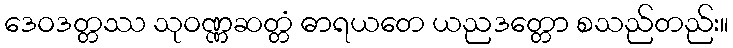
ဒေဝဒတ္တဿ သုဝဏ္ဏဆတ္တံ ဓာရယတေ ယညဒတ္တော စသည်တည်း။